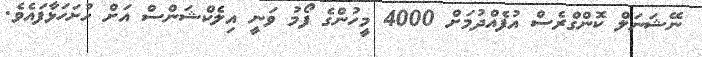
ނޭޝަނަލް ކޮންގްރެސް އުފެއްދުމަށް 4000 މީހުންގެ ފޯމު ވަނީ އިލެކްޝަންސް އަށް ހުށަހަޅާފައެވެ.